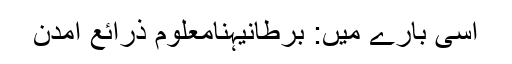
اسی بارے میں: برطانیہنامعلوم ذرائع آمدن